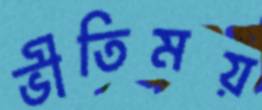
ভীতিময়